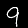
Digit: 9